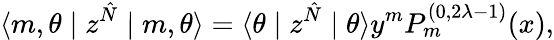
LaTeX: \langle m,\theta\mid z^{\hat{N}}\mid m,\theta\rangle=\langle\theta\mid z^{\hat{N}}\mid\theta\rangle y^{m}P_{m}^{(0,2\lambda-1)}(x),